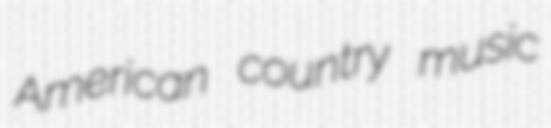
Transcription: American country music